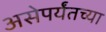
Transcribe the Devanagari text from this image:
असेपर्यंतच्या